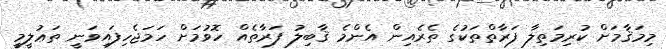
މިމަޤާމަށް ކުރިމަތިލާ ފަރާތްތަކުގެ ތެރެއިން އެންމެ ޤާބިލު ފަރާތެއް ހޮވުމަށް ހަމަޖެހިފައިވަނީ ތަޢުލީމީ